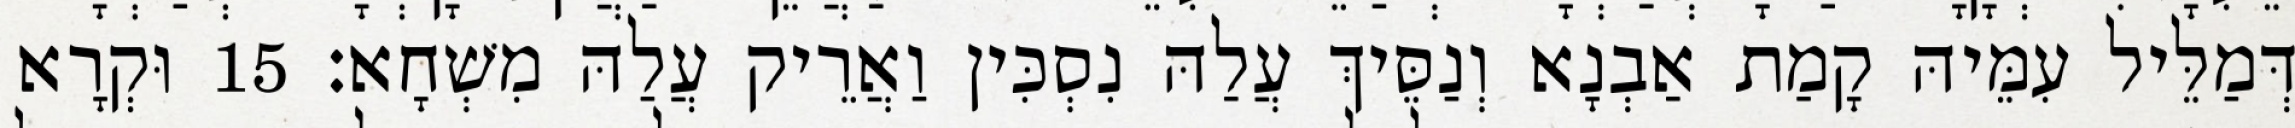
דְּמַלֵּיל עִמֵּיהּ קָמַת אַבְנָא וְנַסֵּיךְ עֲלַהּ נִסְכִּין וַאֲרֵיק עֲלַהּ מִשְׁחָא׃ 15 וּקְרָא